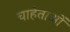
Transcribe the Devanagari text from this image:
चाहेताओं